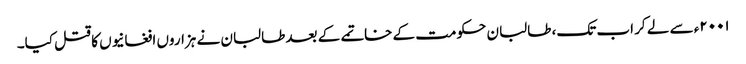
۲۰۰۱ء سے لے کر اب تک، طالبان حکومت کے خاتمے کے بعد طالبان نے ہزاروں افغانیوں کا قتل کیا۔